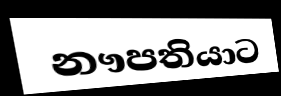
නෟපතියාට